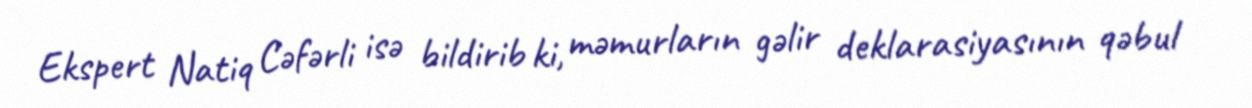
Ekspert Natiq Cəfərli isə bildirib ki, məmurların gəlir deklarasiyasının qəbul